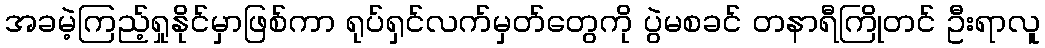
အခမဲ့ကြည့်ရှုနိုင်မှာဖြစ်ကာ ရုပ်ရှင်လက်မှတ်တွေကို ပွဲမစခင် တနာရီကြိုတင် ဦးရာလူ